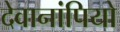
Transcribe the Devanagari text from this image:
देवानांपियो